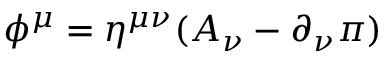
\phi ^ { \mu } = \eta ^ { \mu \nu } ( A _ { \nu } - \partial _ { \nu } \pi )